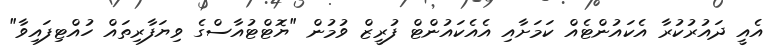
އެއީ ދައުރުކުރާ އެކައުންޓެއް ކަމަށާއި އެއެކައުންޓް ފުރީޒް ވުމުން "ޔޮޓްޓުއާސްގެ ވިޔަފާރިތައް ހުއްޓިފައިވާ"